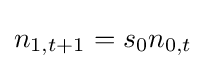
n_{1,t+1}=s_{0}n_{0,t}